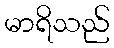
မာရိသည်